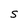
Character: S